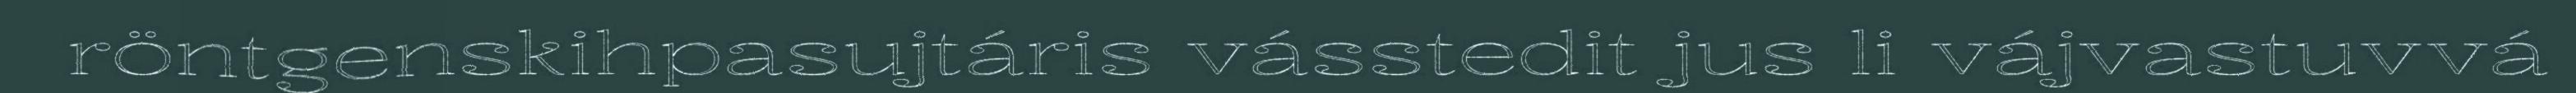
röntgenskihpasujtáris vásstedit jus li vájvastuvvá